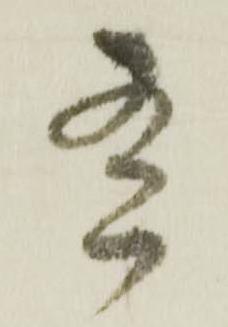
有